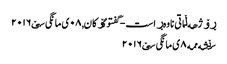
ڕۆژهه‌ڵاتی ناوه‌ڕاست - گفتوگۆکان, ٠٨ ی مانگی سێ ٢٠١٦
سێشه‌ممه‌ ٨ ی مانگی سێ ٢٠١٦